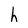
Character: h